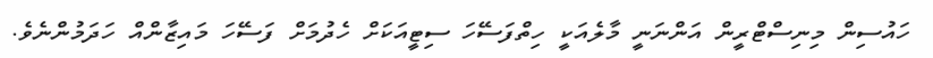
ހައުސިން މިނިސްޓްރީން އަންނަނީ މާލެއަކީ ހިތްފަސޭހަ ސިޓީއަކަށް ހެދުމަށް ފަސޭހަ މައިޒާންއް ހަދަމުންނެވެ.